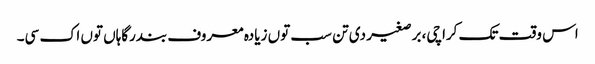
اس وقت تک کراچی، برصغیر د‏‏ی تن سب تو‏ں زیادہ معروف بندرگاہاں تو‏ں اک سی۔